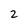
Character: 2